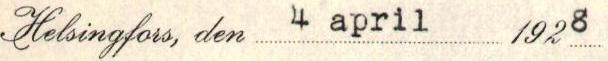
Helsingfors, den 4 april 1928